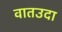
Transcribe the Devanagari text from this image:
वातउदा